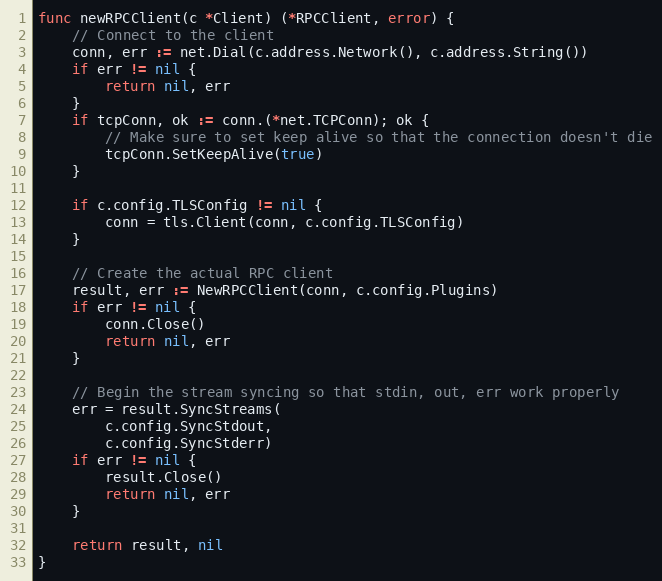
Language: Go
func newRPCClient(c *Client) (*RPCClient, error) {
	// Connect to the client
	conn, err := net.Dial(c.address.Network(), c.address.String())
	if err != nil {
		return nil, err
	}
	if tcpConn, ok := conn.(*net.TCPConn); ok {
		// Make sure to set keep alive so that the connection doesn't die
		tcpConn.SetKeepAlive(true)
	}

	if c.config.TLSConfig != nil {
		conn = tls.Client(conn, c.config.TLSConfig)
	}

	// Create the actual RPC client
	result, err := NewRPCClient(conn, c.config.Plugins)
	if err != nil {
		conn.Close()
		return nil, err
	}

	// Begin the stream syncing so that stdin, out, err work properly
	err = result.SyncStreams(
		c.config.SyncStdout,
		c.config.SyncStderr)
	if err != nil {
		result.Close()
		return nil, err
	}

	return result, nil
}